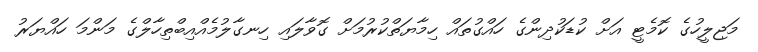
މަޖިލީހުގެ ކޮމެޓީ އަށް ކުޑަކުދިންގެ ހައްގުތައް ހިމާޔަތްކުރުމަށް ގޮވާލައި ހިނގާލުމެއްއިބްތިހާލްގެ މަންމަ ހައްޔަރު